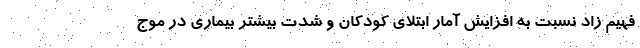
فهیم زاد نسبت به افزایش آمار ابتلای کودکان و شدت بیشتر بیماری در موج‌